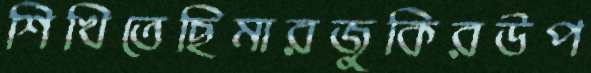
শিখিতেছিমারজুকিরউপ